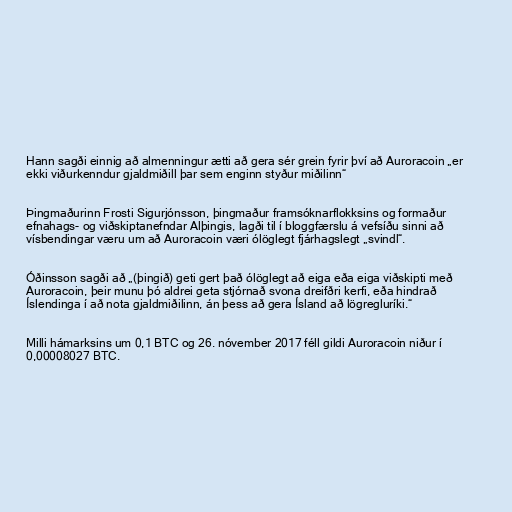
Hann sagði einnig að almenningur ætti að gera sér grein fyrir því að Auroracoin „er
ekki viðurkenndur gjaldmiðill þar sem enginn styður miðilinn“

Þingmaðurinn Frosti Sigurjónsson, þingmaður framsóknarflokksins og formaður
efnahags- og viðskiptanefndar Alþingis, lagði til í bloggfærslu á vefsíðu sinni að
vísbendingar væru um að Auroracoin væri ólöglegt fjárhagslegt „svindl“.

Óðinsson sagði að „(þingið) geti gert það ólöglegt að eiga eða eiga viðskipti með
Auroracoin, þeir munu þó aldrei geta stjórnað svona dreifðri kerfi, eða hindrað
Íslendinga í að nota gjaldmiðilinn, án þess að gera Ísland að lögregluríki.“

Milli hámarksins um 0,1 BTC og 26. nóvember 2017 féll gildi Auroracoin niður í
0,00008027 BTC.